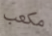
مكعب